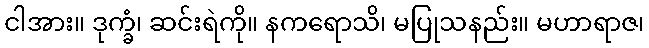
ငါအား။ ဒုက္ခံ၊ ဆင်းရဲကို။ နကရောသိ၊ မပြုသနည်း။ မဟာရာဇ၊